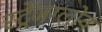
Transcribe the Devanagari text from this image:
स्ट्रेंजग्लोव